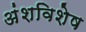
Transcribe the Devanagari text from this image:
अंशविशेष